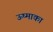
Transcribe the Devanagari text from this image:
ऊष्माका